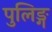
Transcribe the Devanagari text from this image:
पुलिङ्ग